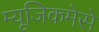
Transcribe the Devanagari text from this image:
म्यूजिकमेसे